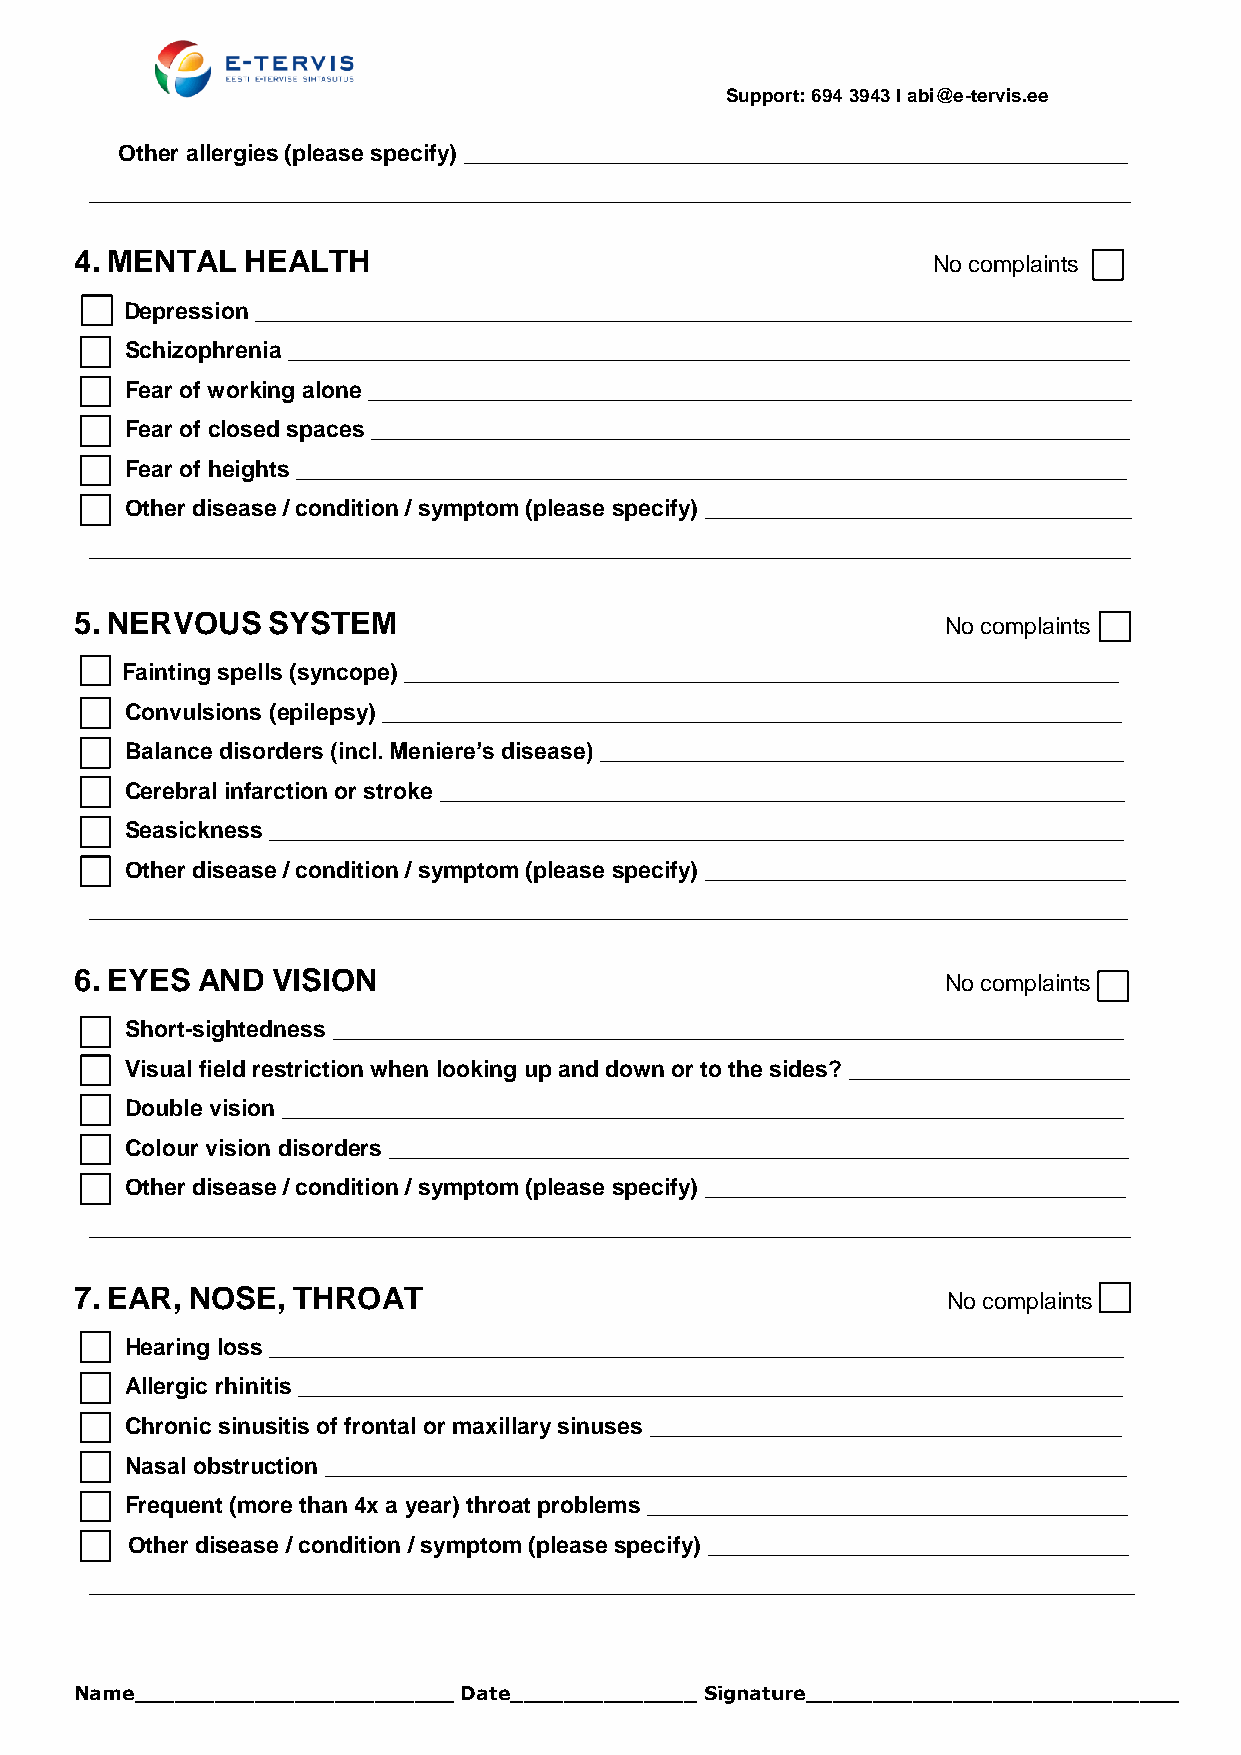
Support: 694 3943 I abi@e-tervis.ee
 Other allergies (please specify) ____________________________________________________
 __________________________________________________________________________________
 4. MENTAL  HEALTH
 No complaints
 Depression _____________________________________________________________________
 Schizophrenia __________________________________________________________________
 Fear of working alone ____________________________________________________________
 Fear of closed spaces ____________________________________________________________
 Fear of heights __________________________________________________________________
 Other disease / condition / symptom (please specify) __________________________________
 __________________________________________________________________________________
 5. NERVOUS   SYSTEM
 No complaints
 Fainting spells (syncope) ________________________________________________________
 Convulsions (epilepsy) __________________________________________________________
 Balance disorders (incl. Meniere’s disease) _________________________________________
 Cerebral infarction or stroke ______________________________________________________
 Seasickness ___________________________________________________________________
 Other disease / condition / symptom (please specify) _________________________________
 __________________________________________________________________________________
 6. EYES AND  VISION
 No complaints
 Short-sightedness ______________________________________________________________
 Visual field restriction when looking up and down or to the sides? ______________________
 Double vision __________________________________________________________________
 Colour vision disorders __________________________________________________________
 Other disease / condition / symptom (please specify) _________________________________
 __________________________________________________________________________________
 7. EAR, NOSE, THROAT
 No complaints
 Hearing loss ____________________________________________________________________
 Allergic rhinitis _________________________________________________________________
 Chronic sinusitis of frontal or maxillary sinuses _____________________________________
 Nasal obstruction _______________________________________________________________
 Frequent (more than 4x a year) throat problems ______________________________________
 Other disease / condition / symptom (please specify) _________________________________
 __________________________________________________________________________________
 Name________________________ Date______________ Signature____________________________